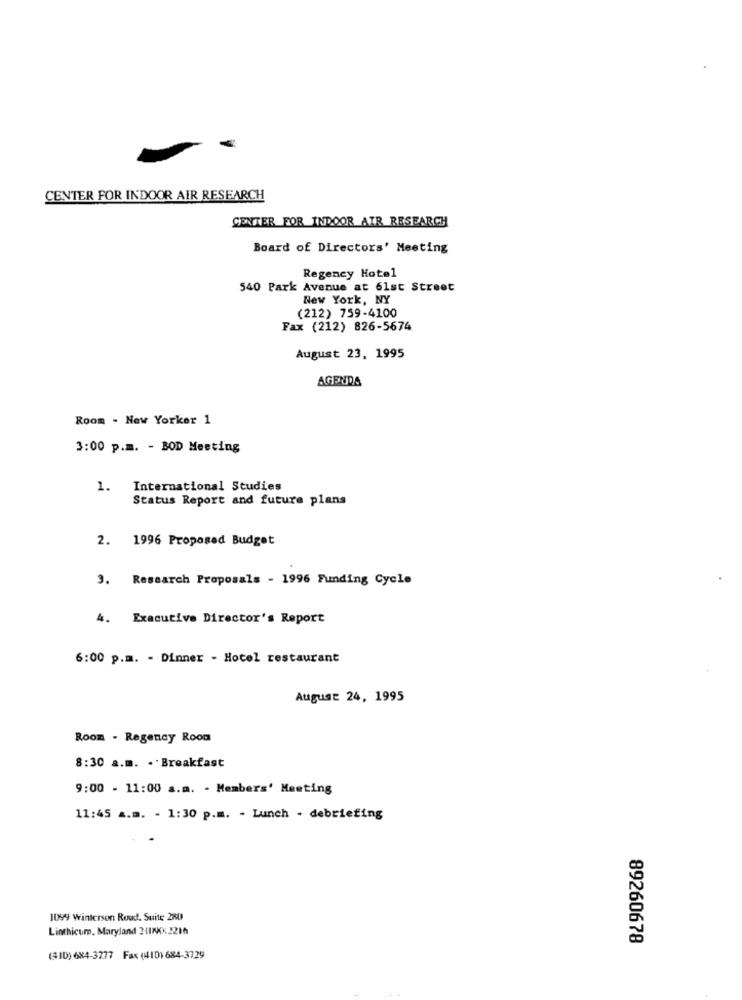
CENTER FOR INDOOR AIR RESEARCH
CENTER FOR INDOOR AIR RESEARCH
Board of Directors' Meeting
Regency Hotel
540 Park Avenue at 61st Street
New York, NY
(212) 759-4100
Fax (212) 826-5674
August 23, 1995
AGENDA
Room - New Yorker 1
3:00 p.m. - BOD Meeting
1.
International Studies
Status Report and future plans
2. 1996 Proposed Budget
3. Research Proposals - 1996 Funding Cycle
4. Executive Director's Report
6:00 p.m. - Dinner - Hotel restaurant
August 24, 1995
Room . Regency Rood
8:30 a.m. .. Breakfast
9:00 - 11:00 a.m. - Members' Meeting
11:45 a.m. - 1:30 p.m. - Lunch . debriefing
1099 Winterson Roud. Suite 280
Linthicum, Maryland 241XXX2210
89260678
(310) 684-3277 Fax (4101 684-3729